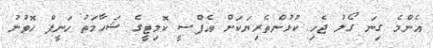
އެންމެ ގިނަ ގޯލު ޖެހި ކުޅުންތެރިޔަކަށް އެފްސީ ކޮމިޓީގެ ޝަހާމަތު ހަނީފް ހޮވުނު